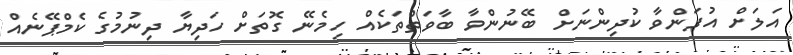
އަލަށް އުފަންވާ ކުދިންނަށް ބޭނުންވާ ބާވަތްތަކެއް ހިމެނޭ ގޮތަށް ހަދިޔާ ދިނުމުގެ ކެމްޕޭނެއް